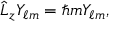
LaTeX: { \hat { L } } _ { z } Y _ { \ell m } = \hbar m Y _ { \ell m } ,